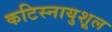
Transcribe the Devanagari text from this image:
कटिस्नायुशूल